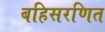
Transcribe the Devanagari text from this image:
बहिसरणित